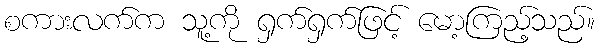
စကားလက်က သူ့ကို ရှက်ရှက်ဖြင့် မော့ကြည့်သည်။